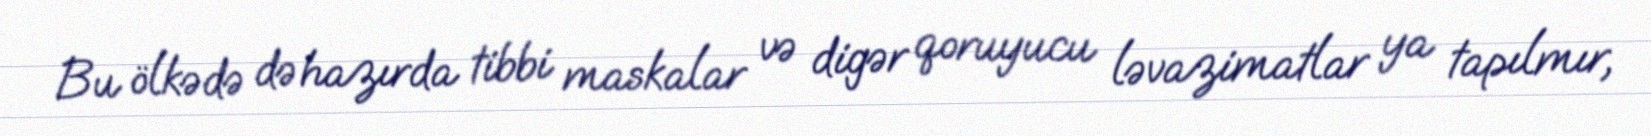
Bu ölkədə də hazırda tibbi maskalar və digər qoruyucu ləvazimatlar ya tapılmır,